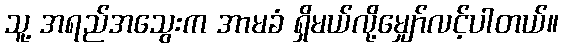
သူ့ အရည်အသွေးက အာမခံ ရှိမယ်လို့မျှော်လင့်ပါတယ်။